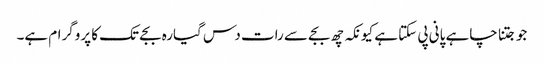
جو جتنا چاہے پانی پی سکتا ہے کیونکہ چھ بجے سے رات دس گیارہ بجے تک کا پروگرام ہے۔